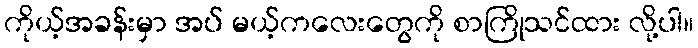
ကိုယ့်အခန်းမှာ အပ် မယ့်ကလေးတွေကို စာကြိုသင်ထား လို့ပါ။